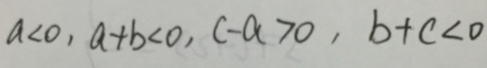
a < 0 , a + b < 0 , c - a > 0 , b + c < 0